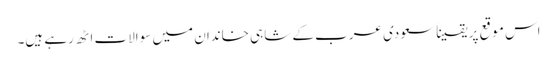
اس موقع پر یقیناََ سعودی عرب کے شاہی خاندان میں سوالات اٹھ رہے ہیں۔